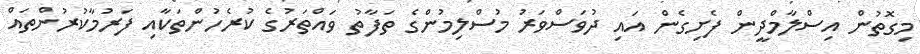
މިގޮތުން އިސްލާމްދީން ފެށިގެން އައި ދުވަސްވަރު މުސްލިމުންގެ ތަފާތު ވައްތަރުގެ ކުރެހުންތަކާއި ފަރުމާކުރުންތައް